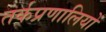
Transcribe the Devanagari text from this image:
तर्कप्रणालियों